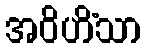
အဝိဟိံသာ